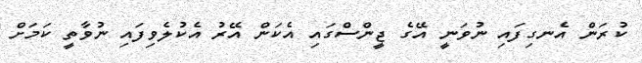
ކުރަން އެނގިފައި ނުވަނީ އޭގެ ޖީންސްގައި އެކަން އޭރު އެކުލެވިފައި ނުވާތީ ކަމަށް